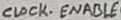
Text: CLOCK.ENABLE